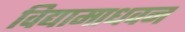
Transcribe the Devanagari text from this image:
विद्यामाधवन